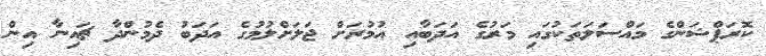
ކޮރަޕްޝަންގެ މައްސަލަތަކުގައި މަރުގެ އަދަބާއި އުމުރަށް ޖަލަށްލުމުގެ އަދަބު ދެމުންދާ ޗައިނާ އިން